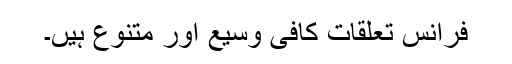
فرانس تعلقات کافی وسیع اور متنوع ہیں۔